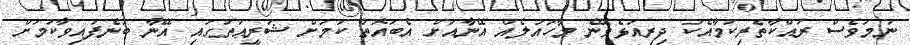
ނަމަވެސް ރައްކާތެރިކަމާއެކު ދިރިއުޅެވޭނެ މާހައުލެއް އޭނާއަށް އެބައޮތް ކަމަށް ޝަރީޢަތުގައި އޭނާ ބުނެފައިވާކަމަށް